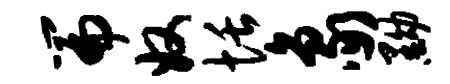
篇奴恬象黝